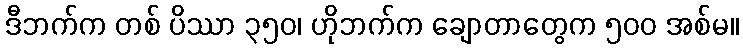
ဒီဘက်က တစ် ပိဿာ ၃၅၀၊ ဟိုဘက်က ချောတာတွေက ၅၀၀ အစ်မ။